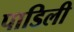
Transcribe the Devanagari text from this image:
पाडिली